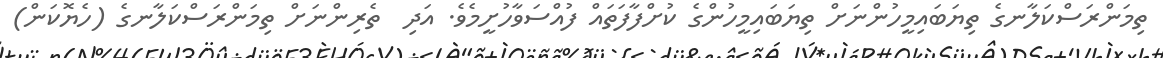
ތިމަންރަސްކަލާނގެ ތިޔަބައިމީހުންނަށް ތިޔަބައިމީހުންގެ ކުށްފާފަތައް ފުއްސަވާހުށީމެވެ. އަދި  ތެރިންނަށް ތިމަންރަސްކަލާނގެ (ހެޔޮކަން)